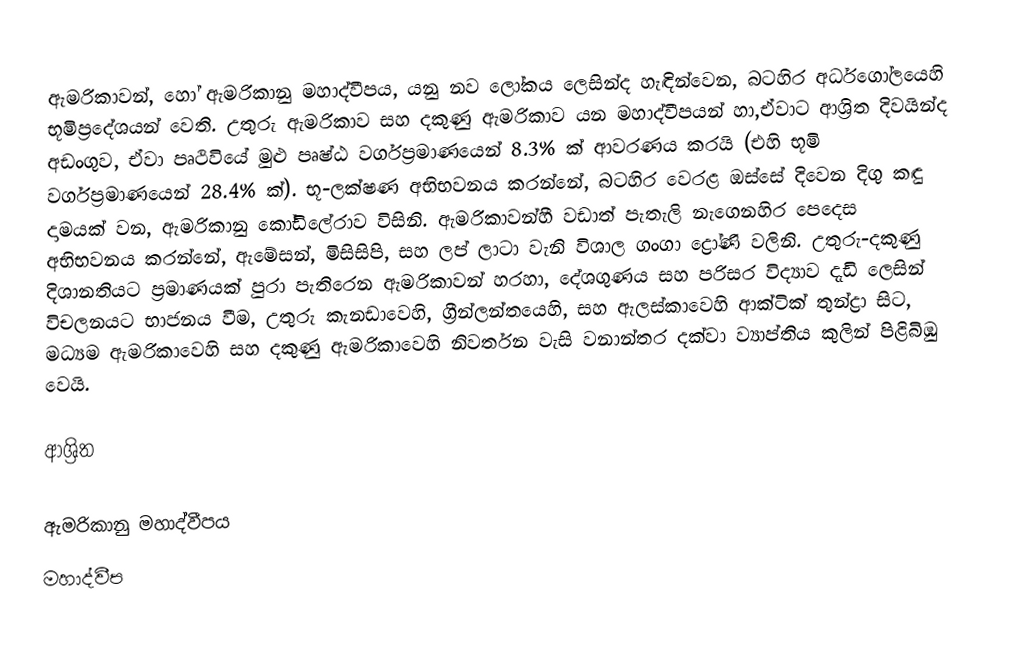
ඇමරිකාවන්, හෝ  ඇමරිකානු මහාද්වීපය, යනු  නව ලෝකය ලෙසින්ද හැඳින්වෙන, බටහිර අර්ධගෝලයෙහි භූමිප්‍රදේශයන් වෙති. උතුරු ඇමරිකාව සහ  දකුණු ඇමරිකාව යන මහාද්වීපයන් හා,ඒවාට ආශ්‍රිත  දිවයින්ද අඩංගුව, ඒවා පෘථිවියේ මුළු පෘෂ්ඨ වර්ගප්‍රමාණයෙන්  8.3% ක් ආවරණය කරයි (එහි භූමි වර්ගප්‍රමාණයෙන් 28.4% ක්).  භූ-ලක්ෂණ අභිභවනය කරන්නේ, බටහිර වෙරළ ඔස්සේ දිවෙන දිගු කඳු දාමයක් වන,  ඇමරිකානු කෝඩිලේරාව විසිනි.  ඇමරිකාවන්හී වඩාත් පැතැලි නැගෙනහිර පෙදෙස අභිභවනය කරන්නේ, ඇමේසන්, මිසිසිපි, සහ  ලප් ලාටා වැනි විශාල ගංගා ද්‍රෝණි වලිනි. උතුරු-දකුණු දිශානතියට  ප්‍රමාණයක් පුරා පැතිරෙන ඇමරිකාවන් හරහා, දේශගුණය සහ පරිසර විද්‍යාව දැඩි ලෙසින් විචලනයට භාජනය වීම, උතුරු කැනඩාවෙහි,  ග්‍රීන්ලන්තයෙහි, සහ ඇලස්කාවෙහි  ආක්ටික් තුන්ද්‍රා සිට,  මධ්‍යම ඇමරිකාවෙහි  සහ  දකුණු ඇමරිකාවෙහි  නිවර්තන වැසි වනාන්තර දක්වා ව්‍යාප්තිය කුලින් පිළිබිඹු වෙයි.

ආශ්‍රිත

ඇමරිකානු මහාද්වීපය
මහාද්වීප